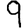
Digit: 9